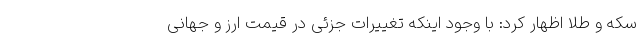
سکه و طلا اظهار کرد: با وجود اینکه تغییرات جزئی در قیمت ارز و جهانی